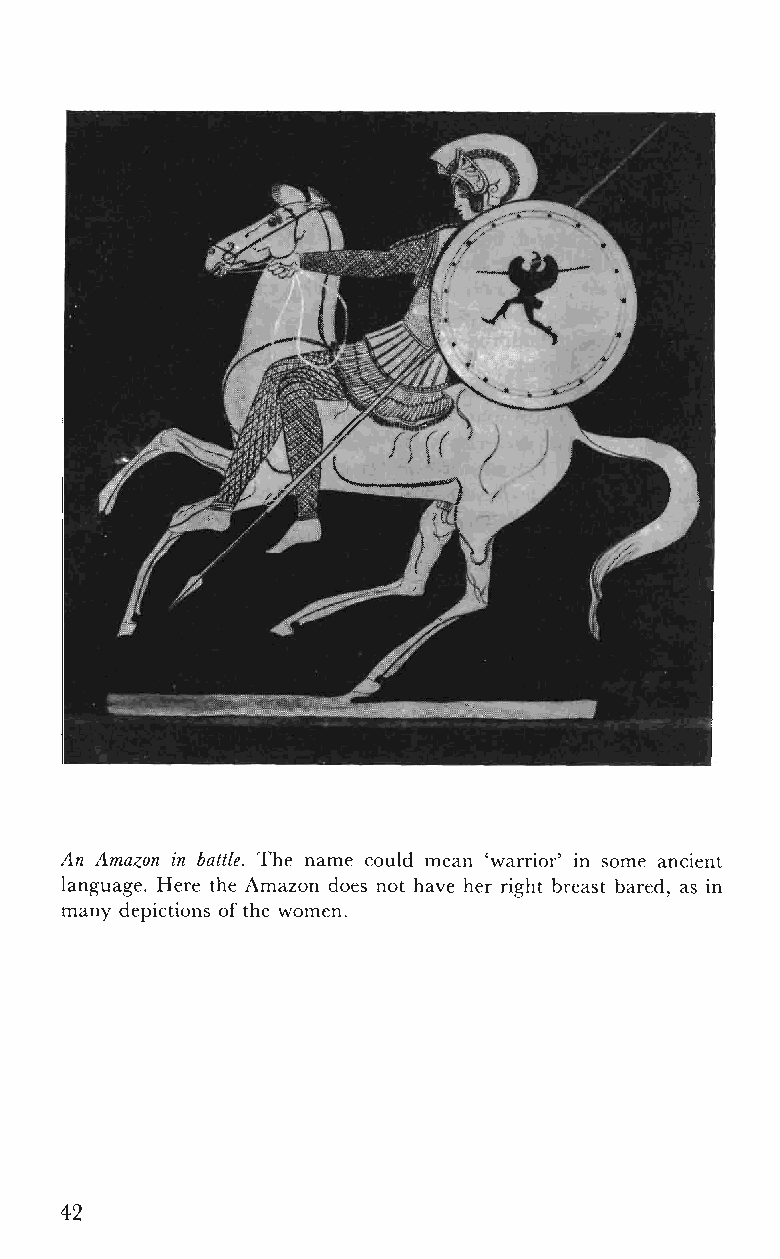
An Amazon in battle. The name could mean 'warrior' in some ancient
 language. Here the Amazon does not have her right breast bared, as in
 many depictions of the women.
 42